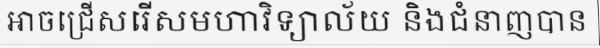
អាចជ្រើសរើសមហាវិទ្យាល័យ និងជំនាញបាន